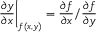
\frac { \partial y } { \partial x } \bigg | _ { f ( x , y ) } = \frac { \partial f } { \partial x } / \frac { \partial f } { \partial y }